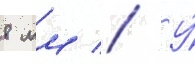
8 мм // У́